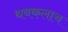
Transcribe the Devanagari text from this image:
थबकलाच